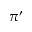
\pi ^ { \prime }